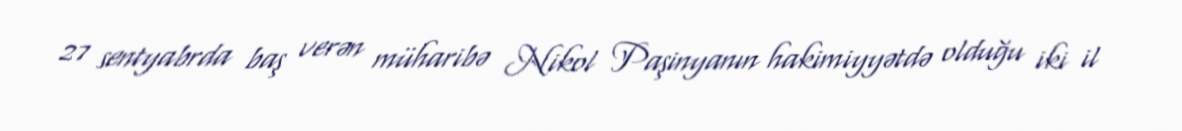
27 sentyabrda baş verən müharibə Nikol Paşinyanın hakimiyyətdə olduğu iki il